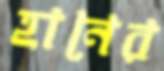
হানের